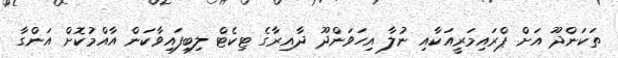
ތަކަންދޫ އަށް ޕްރައިމަރީއަކާއި ނުލާ އިހަވަންދޫ ދާއިރާގެ ޓިކެޓް ލިބިފައިވާކަން އާއްމުކޮށް އަންގާ